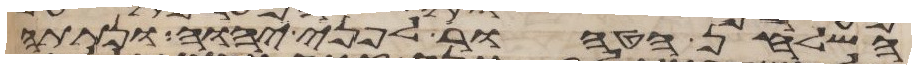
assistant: השלחן הטהור לפני יהוה ונתתה